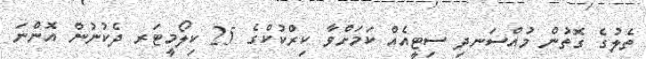
ތެލުގެ ގޮތުން މުއްސަނދި ސިޓީއެއް ކަމަށްވާ ކިރްކުކްގެ 25 ކިލޯމީޓަރ ދެކުނުން އޮންނަ